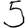
Digit: 5